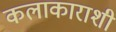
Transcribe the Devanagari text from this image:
कलाकाराशी